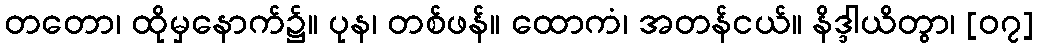
တတော၊ ထိုမှနောက်၌။ ပုန၊ တစ်ဖန်။ ထောကံ၊ အတန်ငယ်။ နိဒ္ဒါယိတွာ၊ [၀၇]